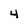
Character: 4